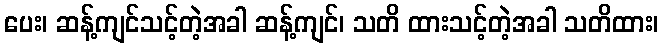
ပေး၊ ဆန့်ကျင်သင့်တဲ့အခါ ဆန့်ကျင်၊ သတိ ထားသင့်တဲ့အခါ သတိထား၊